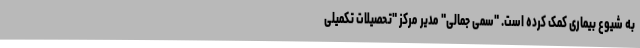
به شیوع بیماری کمک کرده است. "سمی جمالی" مدیر مرکز "تحصیلات تکمیلی